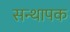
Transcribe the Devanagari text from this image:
सन्थापक